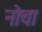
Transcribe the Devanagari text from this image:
नोचा